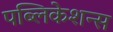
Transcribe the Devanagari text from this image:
पब्‍लिकेशन्‍स